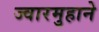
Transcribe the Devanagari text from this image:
ज्वारमुहाने